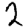
Digit: 2